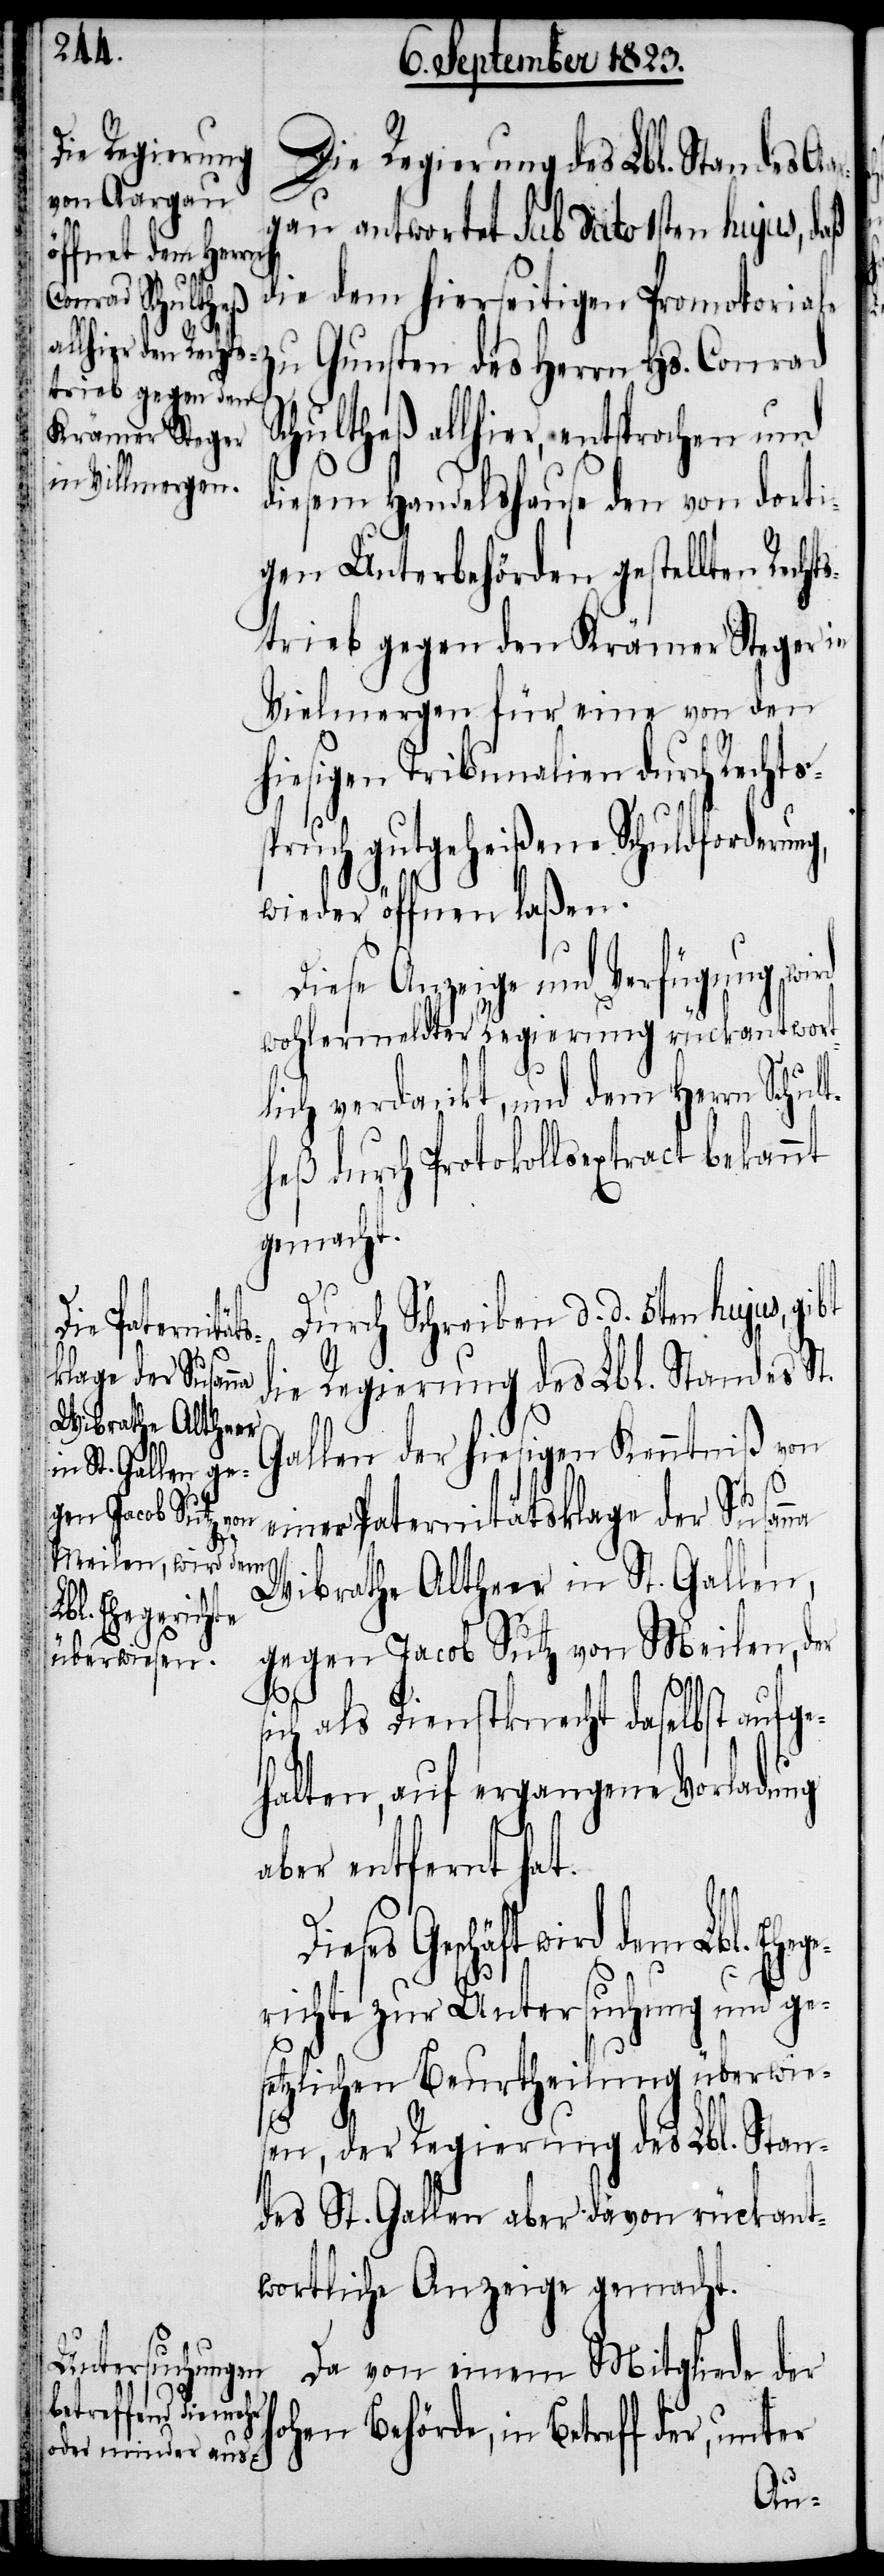
gau antwortet sub dato 1sten hujus, daß
Schultheß
die dem hierseitigen Promotori¬
ale zu Gunsten des Herrn Hs. Conrad
allhier, entsprochen und
diesem Handelshause den von dorti¬
gen Unterbehörden gestellten Recht¬
strieb gegen den Krämer Steger in
Vielmergen für eine von den
hiesigen Tribunalien durch Rechts¬
pruch gutgeheißene Schuldfor¬
wieder öffnen laßen.
Diese Anzeige und Verfügung wird
wohlermeldter Regierung rückantwort¬
lich verdankt, und dem Herrn Schult¬
heß durch Protokollsextract bekannt
gemacht.
Durch Schreiben d. d. 5ten hujus,
derung,
die Regierung des Lbl. Standes
Gallen der hiesigen Kenntniß von
iner Paternitätsklage der Susan¬
Wibrathe Altheer in St. Gallen,
gegen Jacob Sutz von Meilen, der
eg¬
sich als Dienstknecht daselbst aufge¬
halten, auf ergangene Vorladung
na
aber entfernt hat.
Geschäft wird dem Lbl. Eh¬
erichte zur Untersuchung und ge¬
setzlichen Beurtheilung überwie¬
sen, der Regierung des Lbl. Stan¬
des St. Gallen aber davon rückant¬
wortliche Anzeige gemacht.
Da von einem Mitgliede der
hohen Behörde, in Betreff der, unter
Aar¬